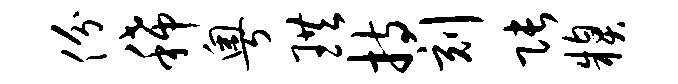
份稀粤珙持刻张糗